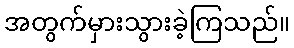
အတွက်မှားသွားခဲ့ကြသည်။